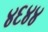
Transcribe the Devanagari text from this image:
४६४४